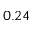
0 . 2 4